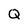
Character: Q